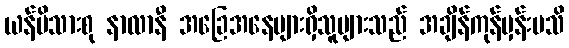
ယန်မိသားစု နာလာနီ အခြေအနေများရှိသူများသည် အချိန်ကုန်မှန်းမသိ